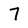
Character: 7